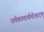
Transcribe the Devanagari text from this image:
धर्मकामार्थमोक्षदम्